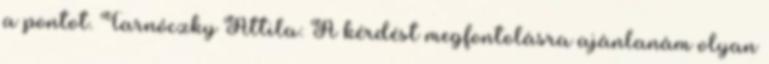
a pontot. Tarnóczky Attila: A kérdést megfontolásra ajánlanám olyan